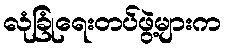
လုံခြုံရေးတပ်ဖွဲ့များက